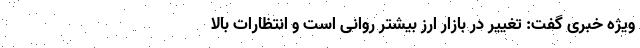
ویژه خبری گفت: تغییر در بازار ارز بیشتر روانی است و انتظارات بالا